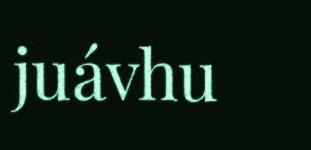
juávhu